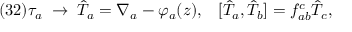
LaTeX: ( 3 2 ) \tau _ { a } \; \to \; \hat { T } _ { a } = \nabla _ { a } - \varphi _ { a } ( z ) , \; \; \; [ \hat { T } _ { a } , \hat { T } _ { b } ] = f _ { a b } ^ { c } \hat { T } _ { c } ,